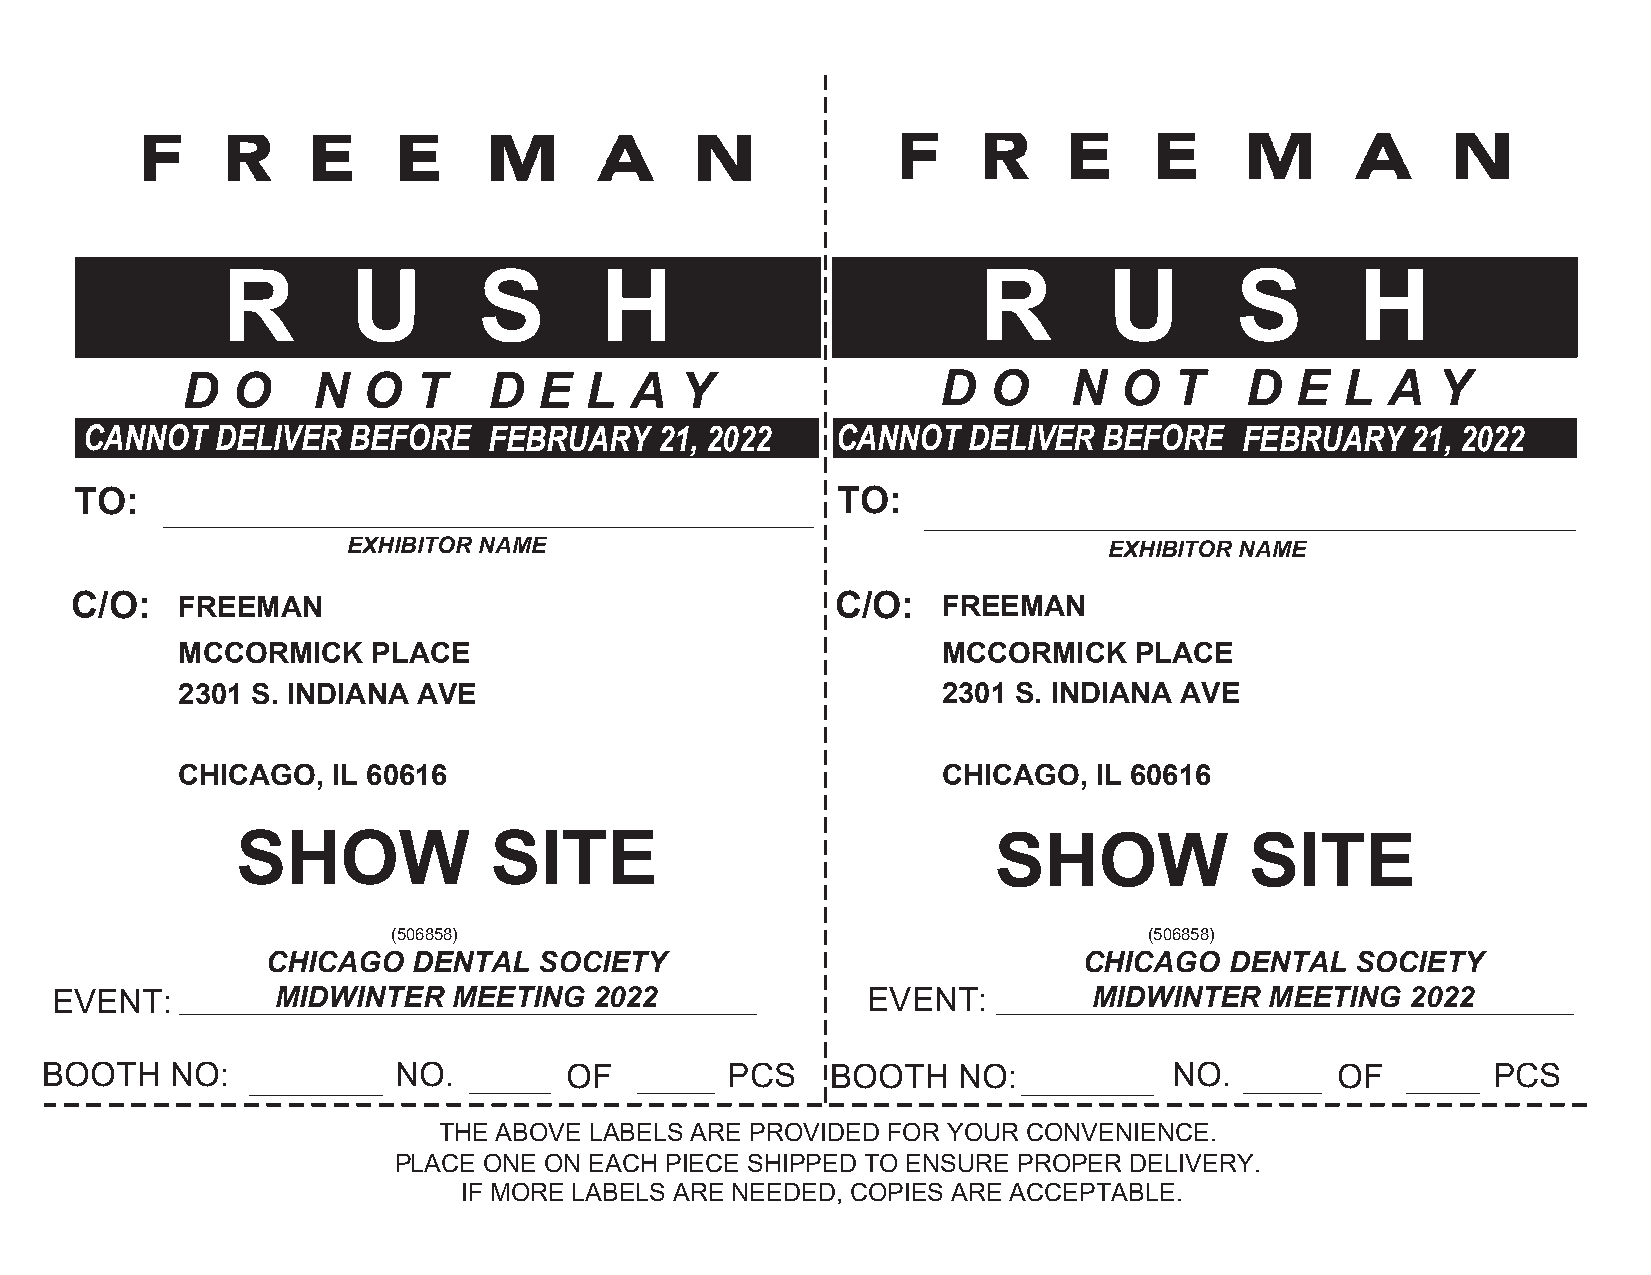
R       U        S       H                        R       U        S       H
 D  O     N  O   T   D   E  L  A  Y                D  O     N  O   T   D   E  L  A  Y
 CANNOT   DELIVER  BEFORE   FEBRUARY    21, 2022   CANNOT   DELIVER  BEFORE   FEBRUARY   21, 2022
 TO:                                               TO:
 EXHIBITOR NAME                                    EXHIBITOR NAME
 C/O:   FREEMAN                                    C/O:   FREEMAN
 MCCORMICK    PLACE                                MCCORMICK    PLACE
 2301 S. INDIANA AVE                               2301 S. INDIANA AVE
 CHICAGO,  IL 60616                                CHICAGO,   IL 60616
 SHOW            SITE                              SHOW             SITE
 (506858)                                          (506858)
 CHICAGO  DENTAL   SOCIETY                             CHICAGO  DENTAL   SOCIETY
 EVENT:         MIDWINTER   MEETING  2022              EVENT:         MIDWINTER   MEETING  2022
 BOOTH   NO:            NO.        OF         PCS    BOOTH   NO:            NO.       OF         PCS
 THE ABOVE LABELS ARE PROVIDED FOR YOUR CONVENIENCE.
 PLACE ONE ON EACH PIECE SHIPPED TO ENSURE PROPER DELIVERY.
 IF MORE LABELS ARE NEEDED, COPIES ARE ACCEPTABLE.